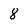
Character: 8